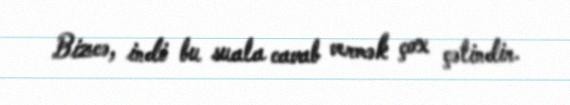
Bizcə, indi bu suala cavab vermək çox çətindir.